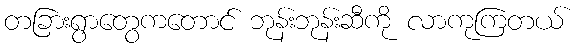
တခြားရွာတွေကတောင် ဘုန်းဘုန်းဆီကို လာကုကြတယ်